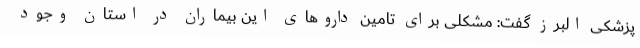
پزشکی البرز گفت: مشکلی برای تامین داروهای این بیماران در استان وجود